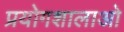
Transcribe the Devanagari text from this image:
प्रयोगशालाओ